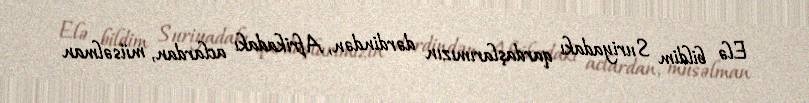
Elə bildim Suriyadakı qardaşlarımızın dərdindən, Afrikadakı aclardan, müsəlman